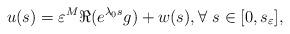
LaTeX: \begin{align*}u(s) = \varepsilon^M \Re (e^{\lambda_0s} g) + w(s), \forall ~ s\in [0, s_\varepsilon],\end{align*}